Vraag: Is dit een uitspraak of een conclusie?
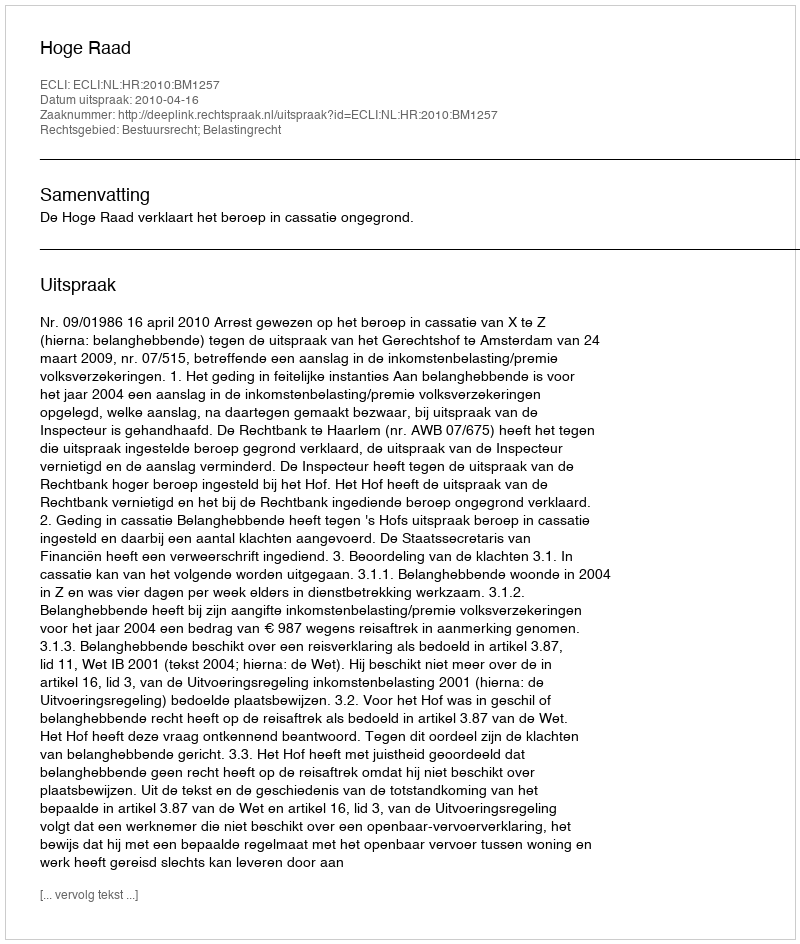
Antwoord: Uitspraak